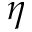
\eta